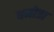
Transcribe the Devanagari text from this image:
धनोत्रा